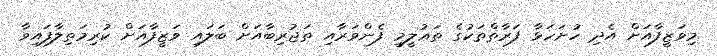
މިވަޒީފާއަށް އެދި ހުށަހަޅާ ފަރާތްތަކުގެ ތަޢުލީމީ ފެންވަރާއި ތަޖުރިބާއަށް ބަލައި ވަޒީފާއަށް ކުރިމަތިލާފައިވާ